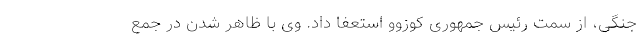
جنگی، از سمت رئیس جمهوری کوزوو استعفا داد. وی با ظاهر شدن در جمع